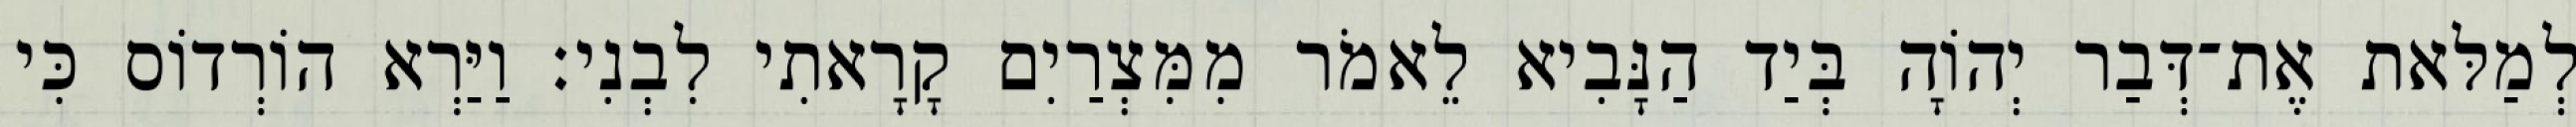
לְמַלּאת אֶת־דְּבַר יְהוָֹה בְּיַד הַנָּבִיא לֵאמֹר מִמִּצְרַיִם קָרָאתִי לִבְנִי׃ וַיַּרְא הוֹרְדוֹס כִּי